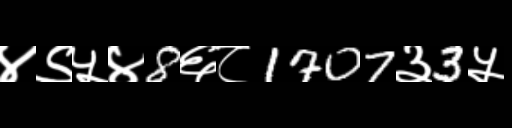
Text: ४९५४8६८1707३3५